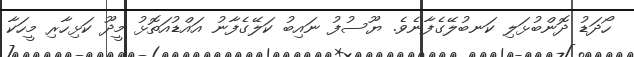
ހޯދަޑު ދޮންބުޅަލި ކަނބުލޭގެފާނެވެ. ޔޫސުފު ނައިބު ކަލޭގެފާނު އައްޑުއަތޮޅު މީދޫ ކަޅިހާރި މީހަކާ